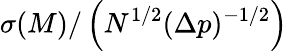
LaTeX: \sigma(M)/\left(N^{1/2}(\Delta p)^{-1/2}\right)